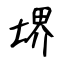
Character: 堺